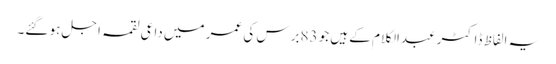
یہ الفاظ ڈاکٹر عبدالکلام کے ہیں جو 83برس کی عمر میں داعی لقمہ اجل ہو گئے۔